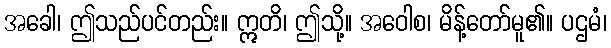
အခေါ၊ ဤသည်ပင်တည်း။ ဣတိ၊ ဤသို့။ အဝေါစ၊ မိန့်တော်မူ၏။ ပဌမံ၊